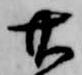
廿